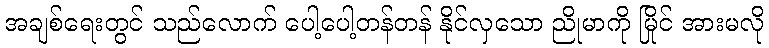
အချစ်ရေးတွင် သည်လောက် ပေါ့ပေါ့တန်တန် နိုင်လှသော ညိုမာကို မြိုင် အားမလို